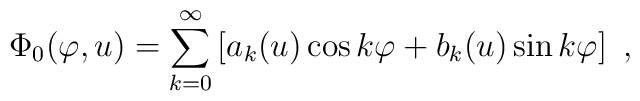
\Phi_0(\varphi,u)=\sum_{k=0}^{\infty}\left[a_k(u)\cos k\varphi+b_k(u)\sin k\varphi\right]~,